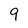
Character: 9